Vaccination in Bombay 1902-1912 - 1902-1912
Year: 1902
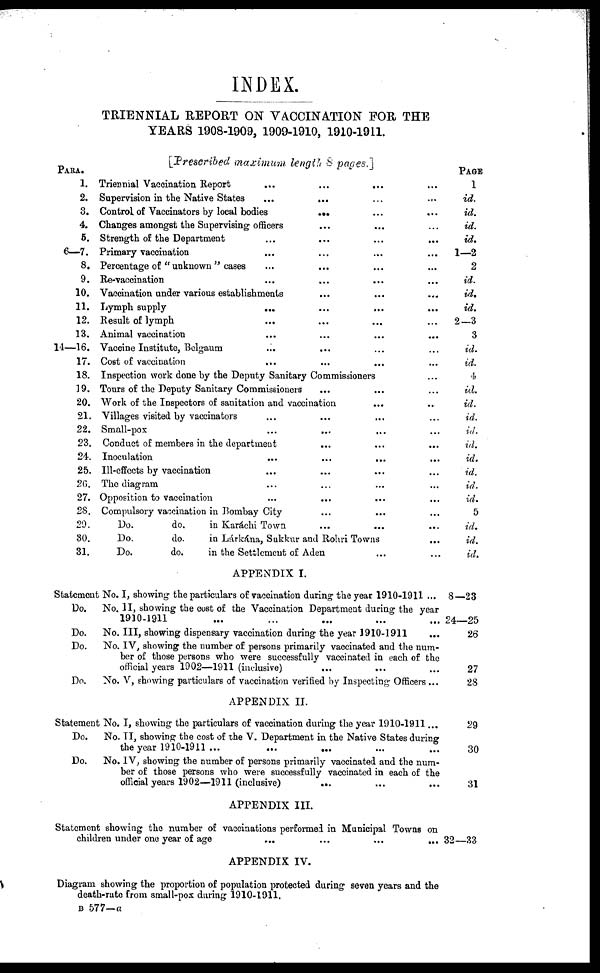
INDEX.
TRIENNIAL REPORT ON VACCINATION FOR THE
YEARS 1908-1909, 1909-1910, 1910-1911.
[Prescribed maximum length 8 pages.]
PARA.
1.
2.
3.
4.
5.
6—7.
8.
9.
10.
11.
12.
13.
14—16.
17.
18.
19.
20.
21.
22.
23.
24.
25.
26.
27.
2S.
29.
80.
31.
Triennial Vaccination Report
...
...
...
Supervision in the Native States
...
... ...
Control of Vaccinators by local bodies ... ... ...
Changes amongst the Supervising officers ... ...
Strength of the Department ... ... ...
Primary vaccination ... ... ...
Percentage of "unknown" cases ... ... ...
Re-vaccination ... ... ...
Vaccination under various establishments ... ... ...
Lymph supply ... ... ...
Result of lymph ... ... ...
Animal vaccination ... ... ...
Vaccine Institute, Belgaum ... ... ... ...
Cost of vaccination ... ... ...
Inspection work done by the Deputy Sanitary Commissioners ...
Tours of the Deputy Sanitary Commissioners ... ... ...
Work of the Inspectors of sanitation and vaccination ... ...
Villages visited by vaccinators
...
...
...
Small-pox
...
...
...
Conduct of members in the department ... ... ...
Inoculation
...
...
...
Ill-effects by vaccination ... ... ...
The diagram ... ... ...
Opposition to vaccination ... ... ...
Compulsory vaccination in Bombay City ... ... ...
Do.
do.
in Karachi Town ... ... ...
Do.
do.
in Lárkána, Sukkur and Rohri Towns ... ...
Do.
do.
in the Settlement of Aden ... ...
APPENDIX I.
Statement No. I, showing the particulars of vaccination during the year 1910-1911 ...
Do.
No. II, showing the cost of the Vaccination Department during the year
1910-1911
Do.
No. III, showing dispensary vaccination during the year 1910-1911
...
Do.
No. IV, showing the number of persons primarily vaccinated and the num-
ber of those persons who were successfully vaccinated in each of the
official years 1902—1911 (inclusive)
Do.
No. V, showing particulars of vaccination verified by Inspecting Officers ...
APPENDIX II.
Statement No. I, showing the particulars of vaccination during the year 1910-1911...
Do.
No. II, showing the cost of the V. Department in the Native States during
the year 1910-1911 ...
Do.
No. IV, showing the number of persons primarily vaccinated and the num-
ber of those persons who were successfully vaccinated in each of the
official years 1902—1911 (inclusive)
...
APPENDIX III.
Statement showing the number of vaccinations performed in Municipal Towns on
children under one year of age
...
...
...
...
APPENDIX IV.
Diagram showing the proportion of population protected during seven years and the
death-rate from small-pox during 1910-1911.
PAGE
1
id.
id.
id.
id.
1—2
2
id.
id.
id.
2—3
3
id.
id.
4
id.
id.
id.
id.
id.
id.
id.
id.
id.
5
id.
id.
id.
8—23
24—25
26
27
28
29
30
31
32—33
B 577—a